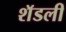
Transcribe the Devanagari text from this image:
शॅडली